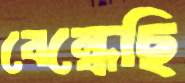
বেন্ধেছি